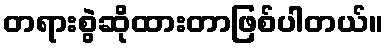
တရားစွဲဆိုထားတာဖြစ်ပါတယ်။